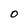
Character: O